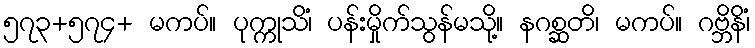
၅၇၃+၅၇၄+ မကပ်။ ပုက္ကုသိံ၊ ပန်းမှိုက်သွန်မသို့။ နဂစ္ဆတိ၊ မကပ်။ ဂဗ္ဘိနိံ၊